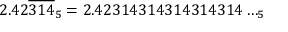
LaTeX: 2 . 4 2 { \overline { { 3 1 4 } } } _ { 5 } = 2 . 4 2 3 1 4 3 1 4 3 1 4 3 1 4 3 1 4 \dots _ { 5 }